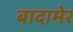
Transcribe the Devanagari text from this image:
बादामेर